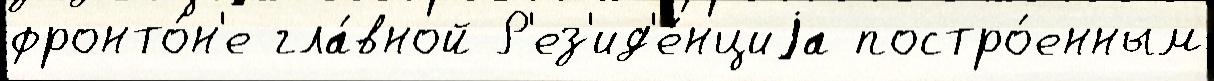
фронто́н'е гла́вной Р'ез'ид'е́нциjа постро́енным